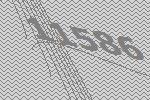
11586